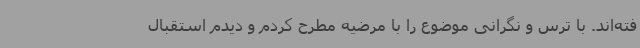
فته‌اند. با ترس و نگرانی موضوع را با مرضیه مطرح کردم و دیدم استقبال